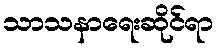
သာသနာရေးဆိုင်ရာ